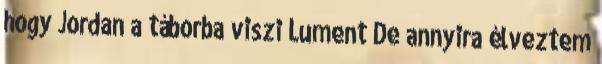
hogy Jordan a táborba viszi Lument De annyira élveztem